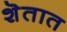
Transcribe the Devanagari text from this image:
शॆतात